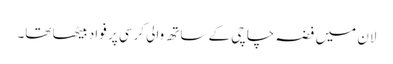
لان میں فضہ چاچی کے ساتھ والی کرسی پر فواد بیٹھا تھا۔